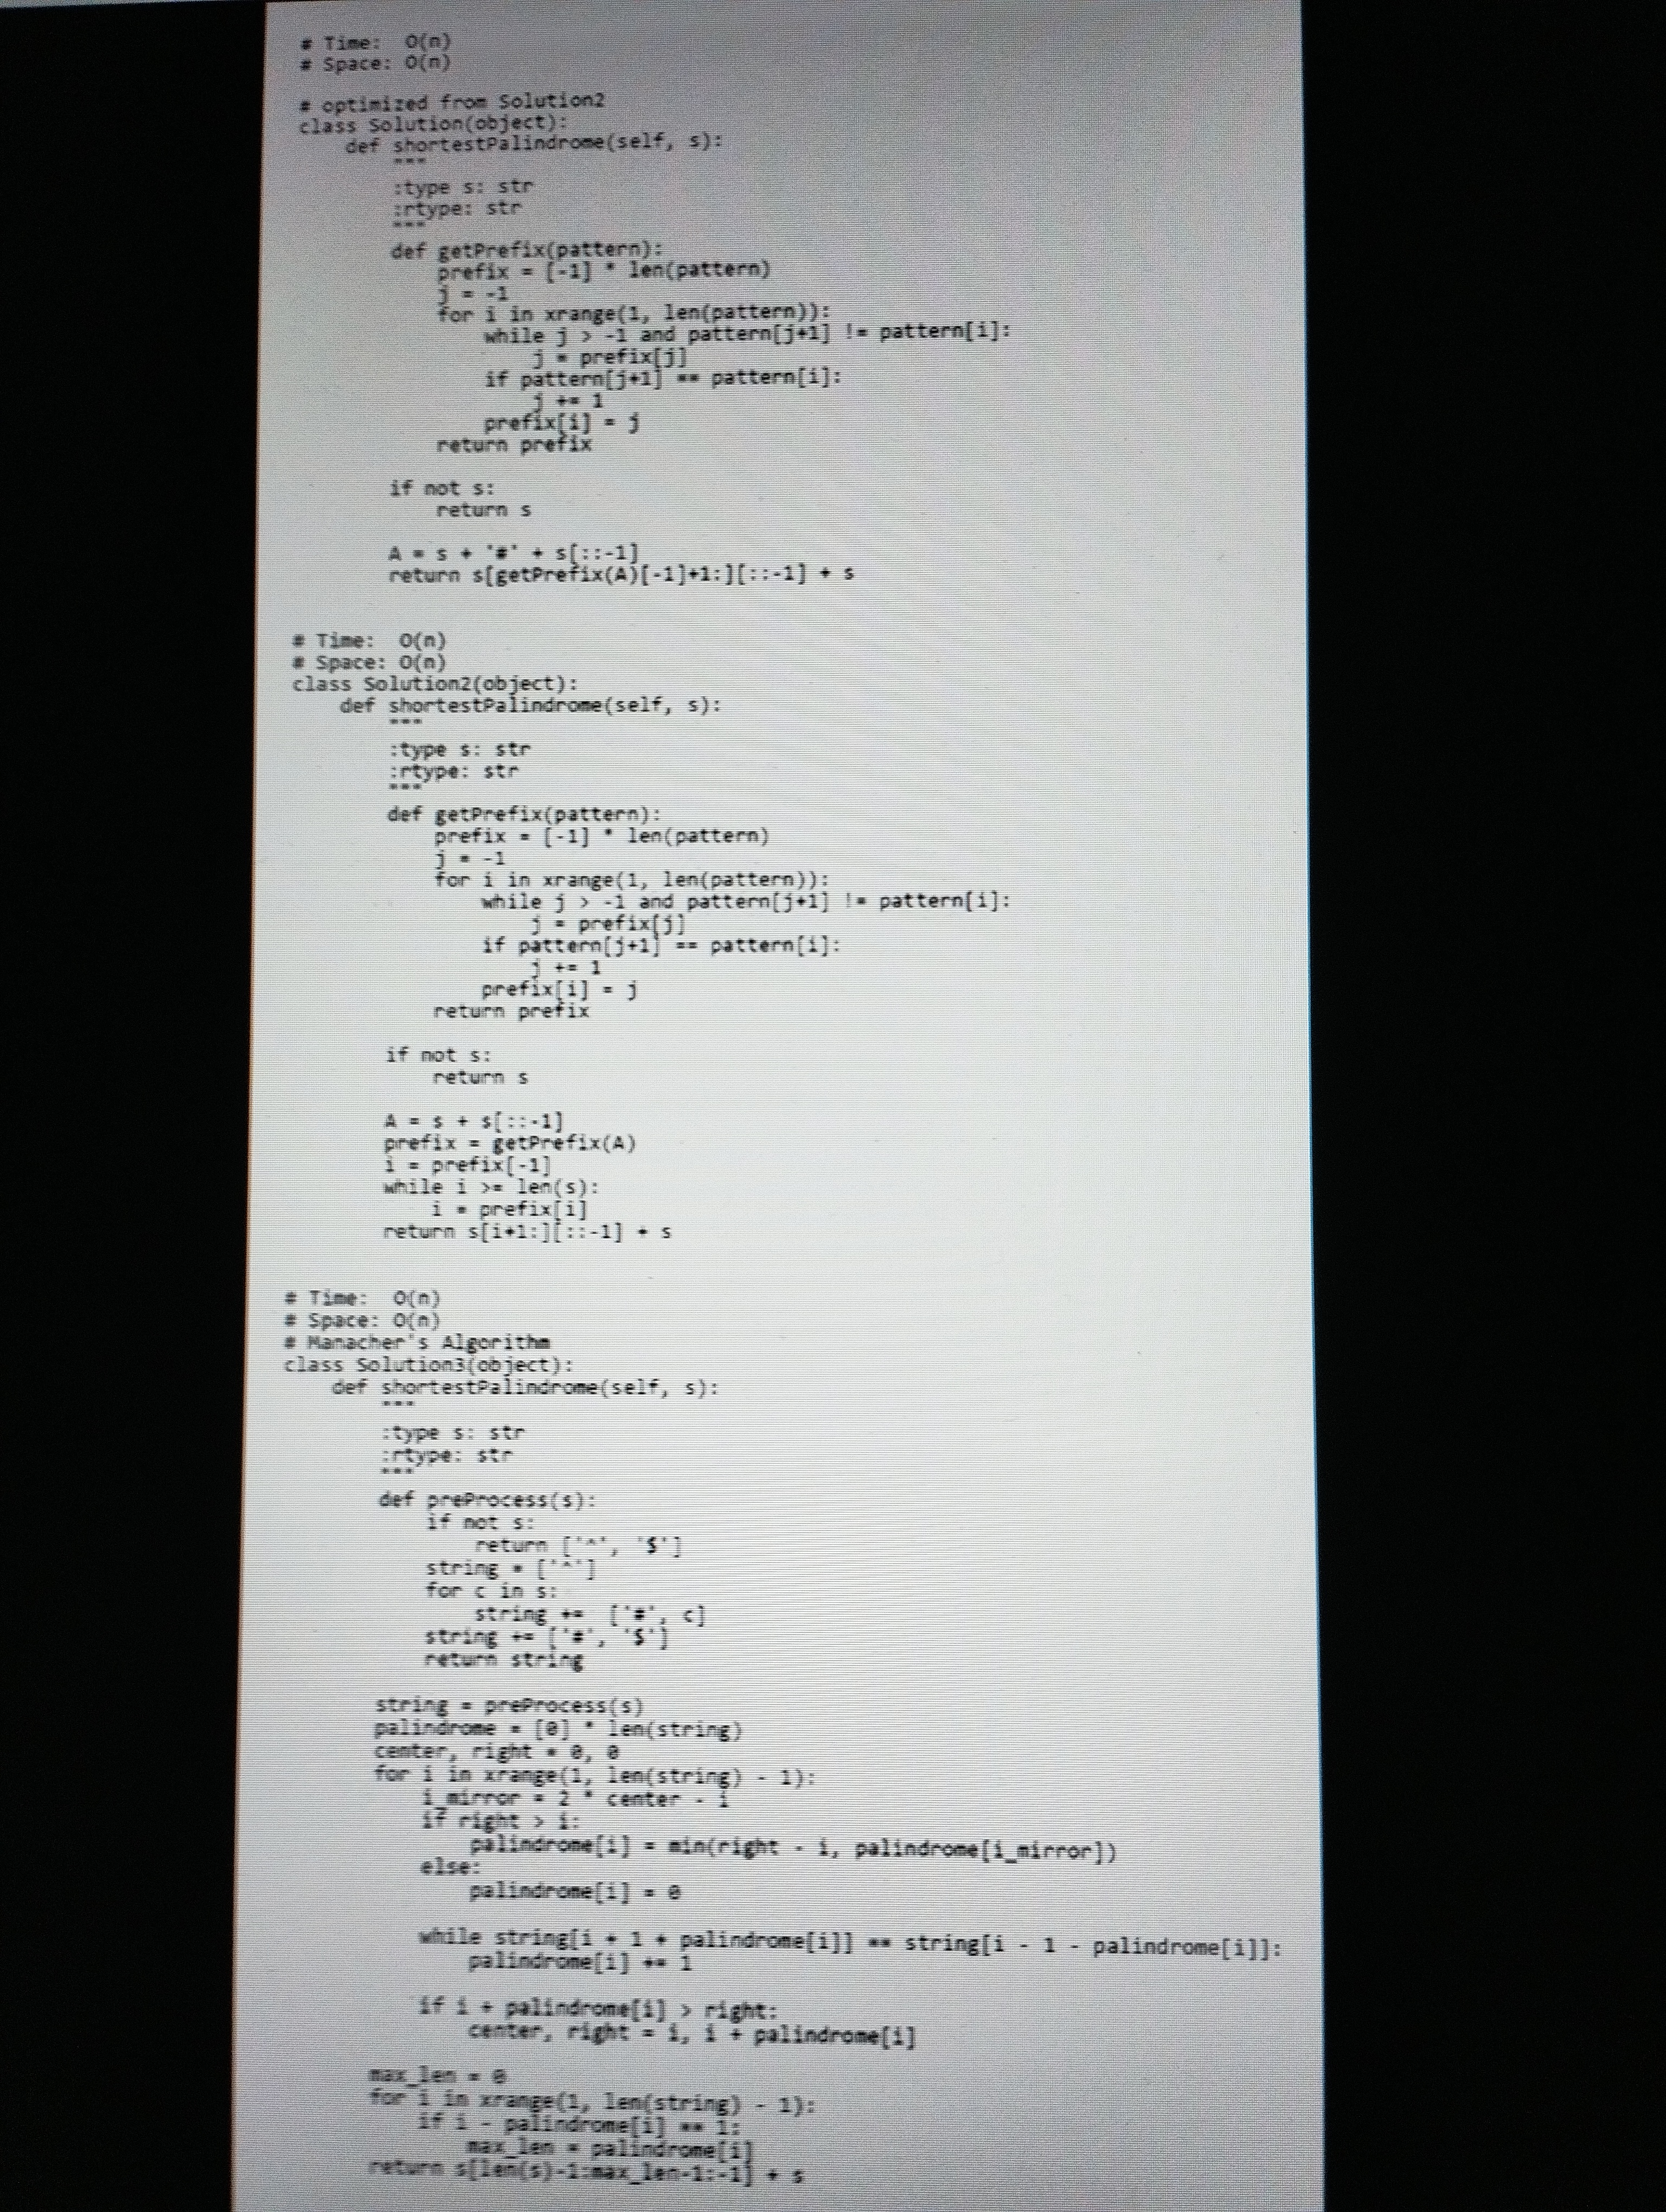
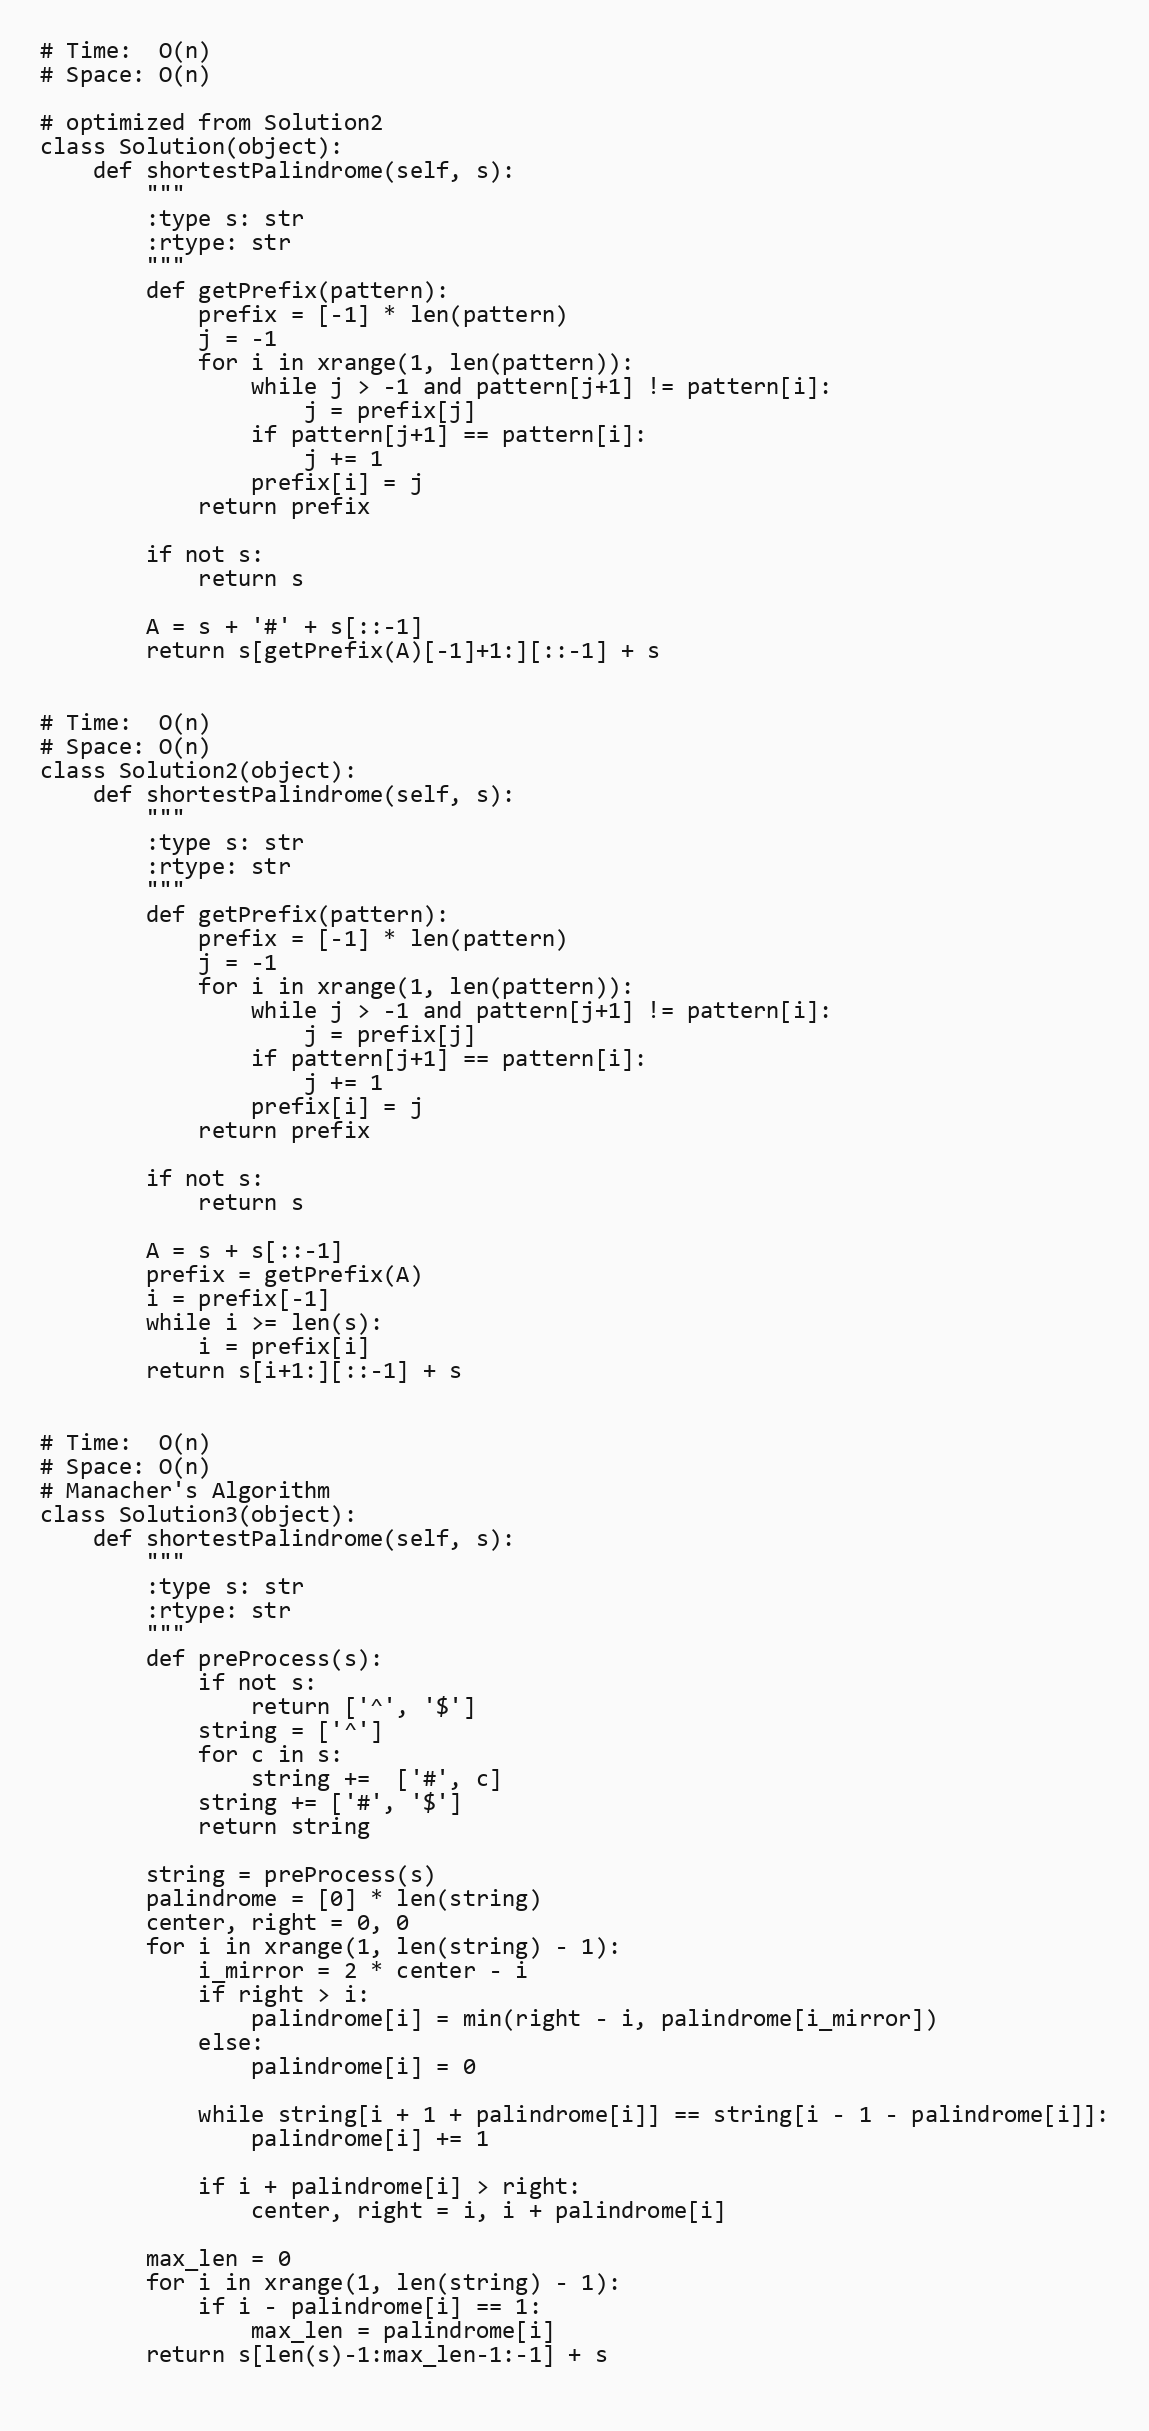
# Time:  O(n)
# Space: O(n)

# optimized from Solution2
class Solution(object):
    def shortestPalindrome(self, s):
        """
        :type s: str
        :rtype: str
        """
        def getPrefix(pattern):
            prefix = [-1] * len(pattern)
            j = -1
            for i in xrange(1, len(pattern)):
                while j > -1 and pattern[j+1] != pattern[i]:
                    j = prefix[j]
                if pattern[j+1] == pattern[i]:
                    j += 1
                prefix[i] = j
            return prefix

        if not s:
            return s

        A = s + '#' + s[::-1]
        return s[getPrefix(A)[-1]+1:][::-1] + s

# Time:  O(n)
# Space: O(n)
class Solution2(object):
    def shortestPalindrome(self, s):
        """
        :type s: str
        :rtype: str
        """
        def getPrefix(pattern):
            prefix = [-1] * len(pattern)
            j = -1
            for i in xrange(1, len(pattern)):
                while j > -1 and pattern[j+1] != pattern[i]:
                    j = prefix[j]
                if pattern[j+1] == pattern[i]:
                    j += 1
                prefix[i] = j
            return prefix

        if not s:
            return s

        A = s + s[::-1]
        prefix = getPrefix(A)
        i = prefix[-1]
        while i >= len(s):
            i = prefix[i]
        return s[i+1:][::-1] + s

# Time:  O(n)
# Space: O(n)
# Manacher's Algorithm
class Solution3(object):
    def shortestPalindrome(self, s):
        """
        :type s: str
        :rtype: str
        """
        def preProcess(s):
            if not s:
                return ['^', '$']
            string = ['^']
            for c in s:
                string +=  ['#', c]
            string += ['#', '$']
            return string

        string = preProcess(s)
        palindrome = [0] * len(string)
        center, right = 0, 0
        for i in xrange(1, len(string) - 1):
            i_mirror = 2 * center - i
            if right > i:
                palindrome[i] = min(right - i, palindrome[i_mirror])
            else:
                palindrome[i] = 0

            while string[i + 1 + palindrome[i]] == string[i - 1 - palindrome[i]]:
                palindrome[i] += 1

            if i + palindrome[i] > right:
                center, right = i, i + palindrome[i]

        max_len = 0
        for i in xrange(1, len(string) - 1):
            if i - palindrome[i] == 1:
                max_len = palindrome[i]
        return s[len(s)-1:max_len-1:-1] + s